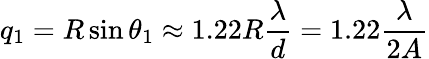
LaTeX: q_{1}=R\sin\theta_{1}\approx 1.22{R}{\frac{\lambda}{d}}=1.22{\frac{\lambda}{2A}}